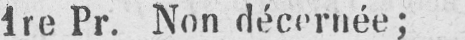
1re Pr. Non décernée;